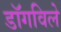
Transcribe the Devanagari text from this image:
डॉगविले